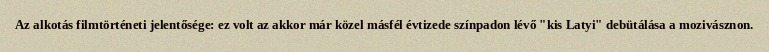
Az alkotás filmtörténeti jelentősége: ez volt az akkor már közel másfél évtizede színpadon lévő "kis Latyi" debütálása a mozivásznon.